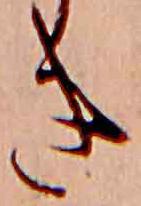
き